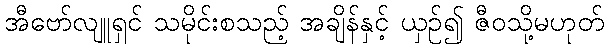
အီဗော်လျူရှင် သမိုင်းစသည့် အချိန်နှင့် ယှဉ်၍ ဇီဝသို့မဟုတ်